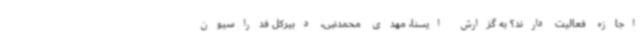
اجازه فعالیت دارند؟ به گزارش ایسنا، مهدی محمدنبی، دبیرکل فدراسیون